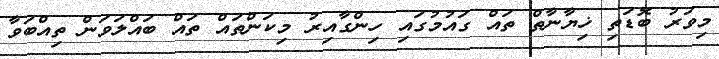
މިވަރު ބޮޑަތި ޚިޔާނާތް ތައް ގައުމުގައި ހިންގާއިރު މިކަންތައް ތައް ބައްލަވަން ތިއްބަވާ